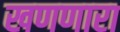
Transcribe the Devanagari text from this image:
खणणारा